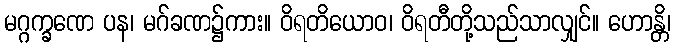
မဂ္ဂက္ခဏေ ပန၊ မဂ်ခဏ၌ကား။ ဝိရတိယောဝ၊ ဝိရတီတို့သည်သာလျှင်။ ဟောန္တိ၊